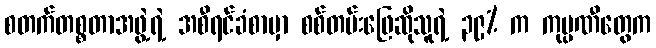
စတက်တစ္စတာအဖွဲ့ရဲ့ အစီရင်ခံစာမှာ စစ်တမ်းဖြေဆိုသူရဲ့ ၃၉% က ကုမ္ပဏီတွေက